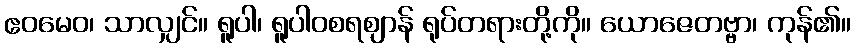
ဧဝမေဝ၊ သာလျှင်။ ရူပါ၊ ရူပါဝစရဈာန် ရုပ်တရားတို့ကို။ ယောဇေတဗ္ဗာ၊ ကုန်၏။